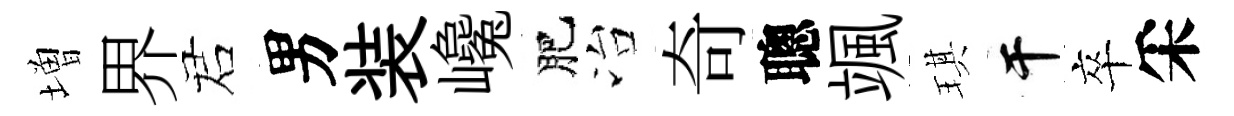
増界诺男装巉肥冶奇聰颯琪干卒采